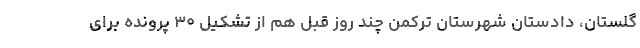
گلستان، دادستان شهرستان ترکمن چند روز قبل هم از تشکیل ۳۰ پرونده برای